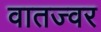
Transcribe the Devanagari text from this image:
वातज्वर